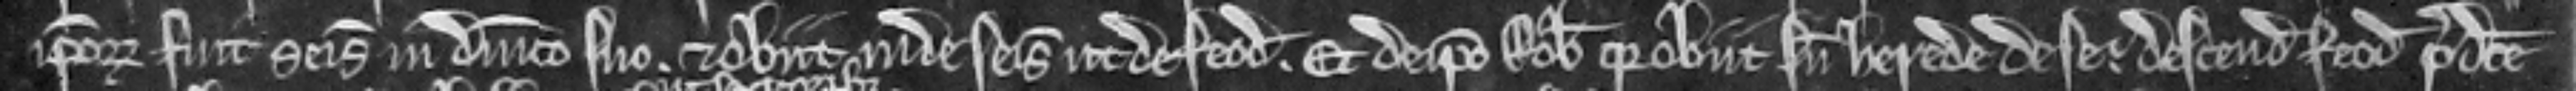
ipsorum fuit seisitus in dominico suo. et obiit inde seisitus ut de feodo. Et de ipso Roberto quia obit sine herede de se descendit feodum predicte